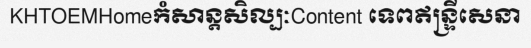
KHTOEMHomeកំសាន្តសិល្បៈContent ទេពឥន្ទ្រីសេនា